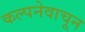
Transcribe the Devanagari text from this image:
कल्पनेवाचून